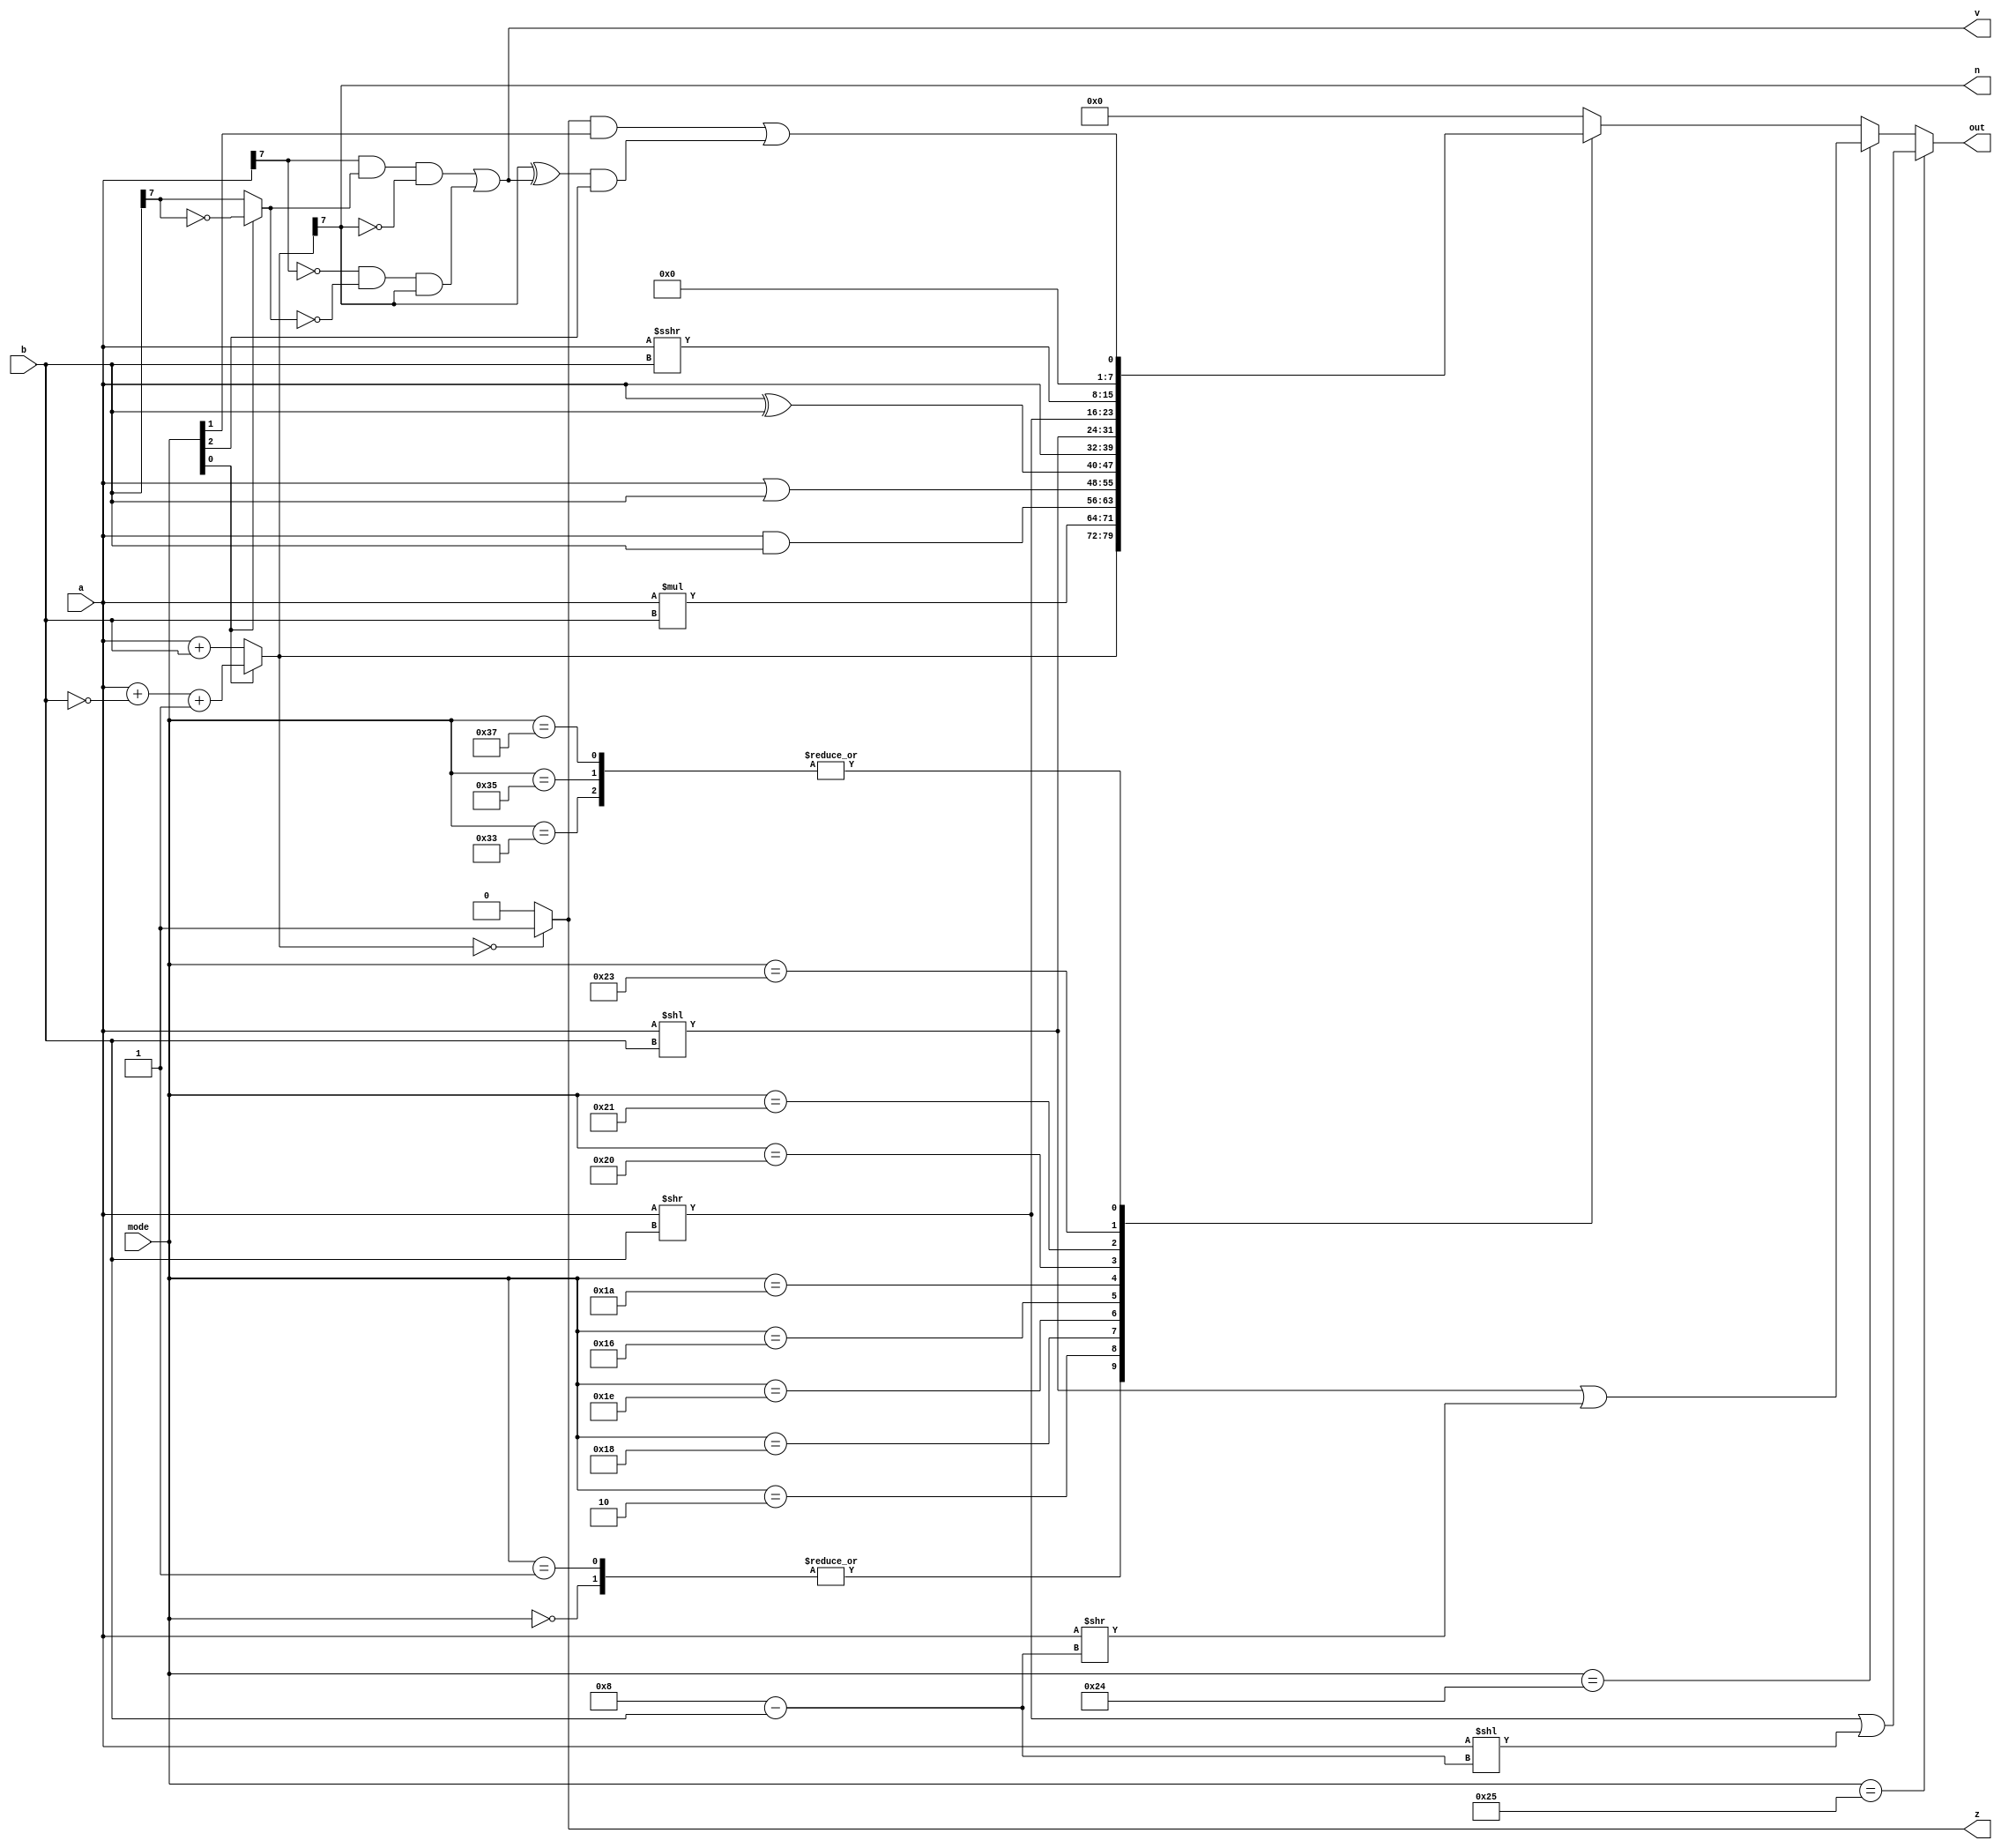
module aluCompute_6 (
    input [5:0] mode,
    input [7:0] a,
    input [7:0] b,
    output reg [7:0] out,
    output reg z,
    output reg v,
    output reg n
  );
  
  
  
  reg [8:0] rawadd;
  
  reg [7:0] afteradd;
  
  reg xb7;
  
  reg zz;
  
  reg vv;
  
  reg nn;
  
  always @* begin
    out = 8'h00;
    zz = 1'h0;
    vv = 1'h0;
    nn = 1'h0;
    z = 1'h0;
    v = 1'h0;
    n = 1'h0;
    xb7 = b[7+0-:1];
    if (mode[0+0-:1] == 1'h0) begin
      rawadd = a + b;
    end else begin
      rawadd = a + ~b + 1'h1;
      xb7 = ~b[7+0-:1];
    end
    afteradd = rawadd[0+7-:8];
    if (afteradd == 1'h0) begin
      zz = 1'h1;
    end
    vv = (a[7+0-:1] & xb7 & ~afteradd[7+0-:1]) | (~a[7+0-:1] & ~xb7 & afteradd[7+0-:1]);
    nn = afteradd[7+0-:1];
    z = zz;
    v = vv;
    n = nn;
    
    case (mode)
      6'h00: begin
        out = afteradd;
      end
      6'h01: begin
        out = afteradd;
      end
      6'h02: begin
        out = a * b;
      end
      6'h18: begin
        out = a & b;
      end
      6'h1e: begin
        out = a | b;
      end
      6'h16: begin
        out = a ^ b;
      end
      6'h1a: begin
        out = a;
      end
      6'h20: begin
        out = a << b;
      end
      6'h21: begin
        out = a >> b;
      end
      6'h23: begin
        out = $signed(a) >>> b;
      end
      6'h33: begin
        out = (zz & mode[1+0-:1]) | ((nn ^ vv) & mode[2+0-:1]);
      end
      6'h35: begin
        out = (zz & mode[1+0-:1]) | ((nn ^ vv) & mode[2+0-:1]);
      end
      6'h37: begin
        out = (zz & mode[1+0-:1]) | ((nn ^ vv) & mode[2+0-:1]);
      end
    endcase
    if (mode == 6'h24) begin
      out = (a << b | (a >> (4'h8 - b)));
    end
    if (mode == 6'h25) begin
      out = (a >> b | (a << (4'h8 - b)));
    end
  end
endmodule